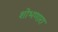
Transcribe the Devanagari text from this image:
शोभणारा